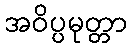
အဝိပ္ပမုတ္တာ